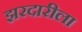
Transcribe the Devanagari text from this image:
झरदारीला